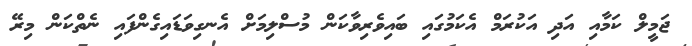
ޖަމީލް ކަމާއި އަދި އަކުރަމް އެކަމުގައި ބައިވެރިވާކަން މުސްލިމަށް އެނގިވަޑައިގެންފައި ނެތްކަން މިރޭ